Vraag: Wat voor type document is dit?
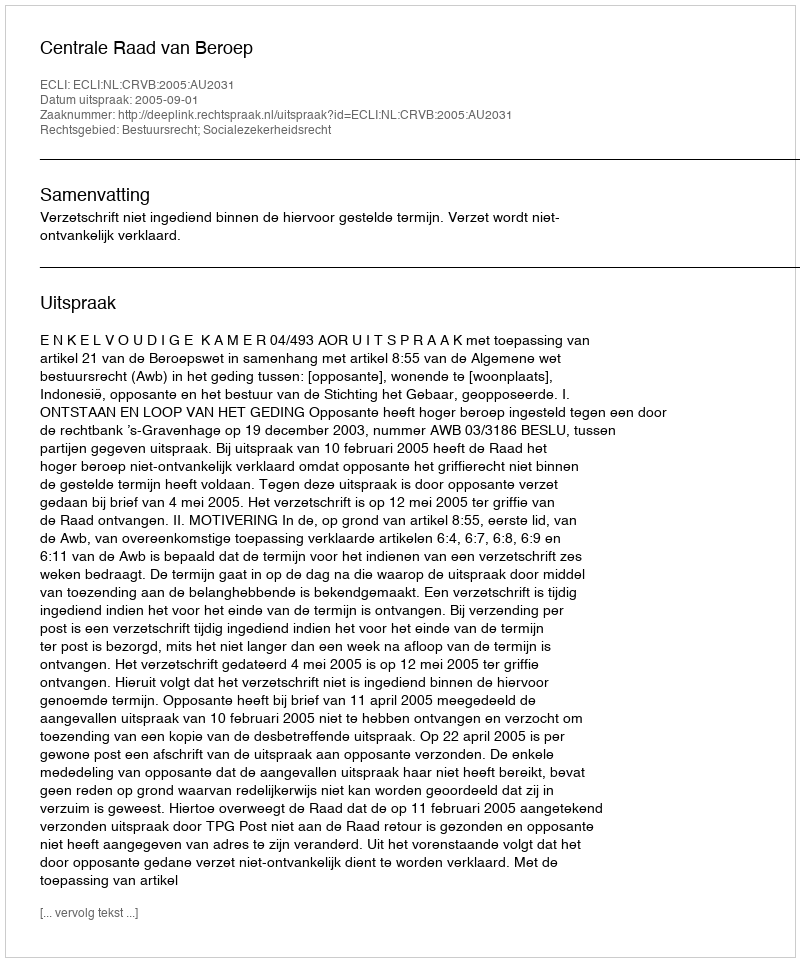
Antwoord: Uitspraak